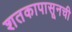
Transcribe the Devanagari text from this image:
शतकापासूनची